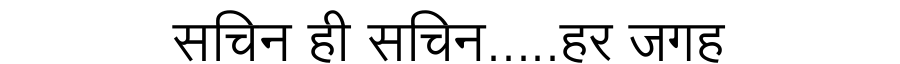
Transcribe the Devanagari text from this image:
सचिन ही सचिन.....हर जगह